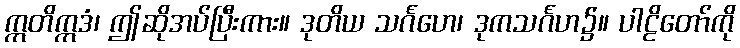
ဣတိဣဒံ၊ ဤဆိုအပ်ပြီးကား။ ဒုတိယ သင်္ဂဟေ၊ ဒုကသင်္ဂဟ၌။ ပါဠိတော်ကို